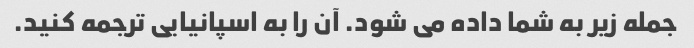
جمله زیر به شما داده می شود. آن را به اسپانیایی ترجمه کنید.